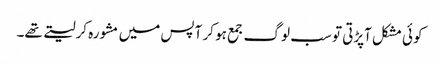
کوئی مشکل آپڑتی تو سب لوگ جمع ہو کر آپس میں مشورہ کرلیتے تھے۔